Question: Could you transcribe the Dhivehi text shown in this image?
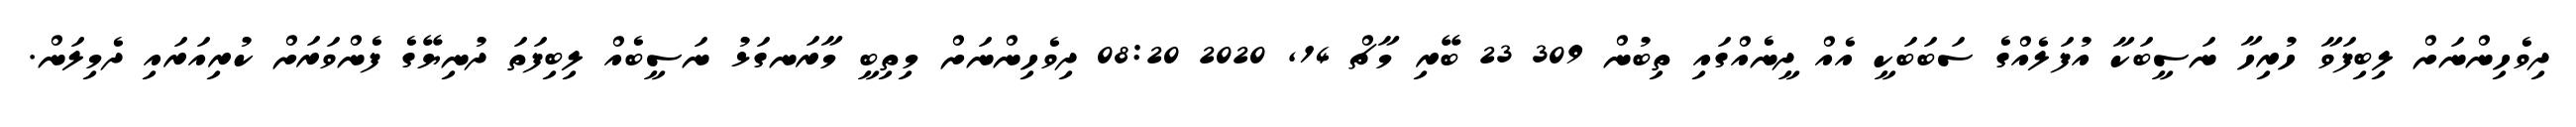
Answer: ދިވެހިންނަށް ލިބިފަވާ ހުރިހާ ނަސީބަކާ އުފަލެއްގެ ސަބަބަކީ އެއް ދީނެއްގައި ތިބުން 309 23 ބޭރި މާޗް 14, 2020 08:20 ދިވެހިންނަށް މިތިބީ މާރަނގަޅު ނަސީބެއް ލިބިފަތަ ދުނިޔޭގެ ފެންވަރަށް ކުރިއަރައި ދެމިލަން.